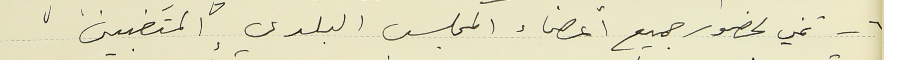
٦- تمني لحضور جميع اعضاء المجلس البلدي المتغبين